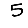
Digit: 5